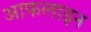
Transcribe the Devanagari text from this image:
आफलाइन